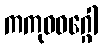
ကကုဓဝဂ္ဂေါ